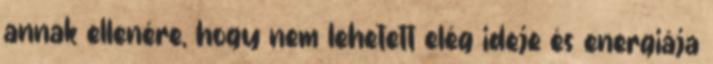
annak ellenére, hogy nem lehetett elég ideje és energiája